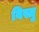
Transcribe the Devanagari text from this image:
विस्तु